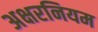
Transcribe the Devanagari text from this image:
अक्षरनियम